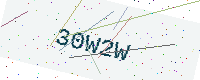
Text: 30W2W